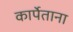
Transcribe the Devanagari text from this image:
कार्पेताना